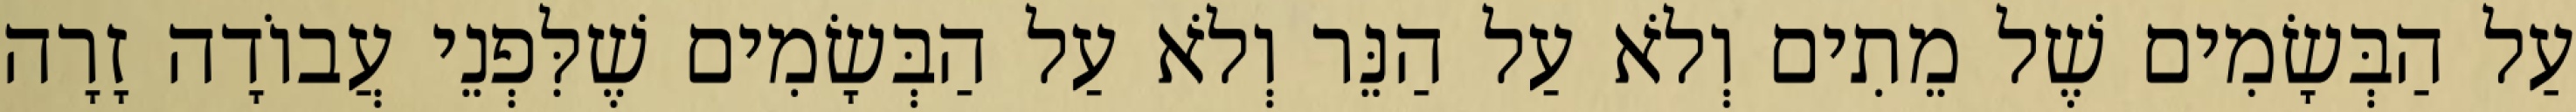
עַל הַבְּשָׂמִים שֶׁל מֵתִים וְלֹא עַל הַנֵּר וְלֹא עַל הַבְּשָׂמִים שֶׁלִּפְנֵי עֲבוֹדָה זָרָה